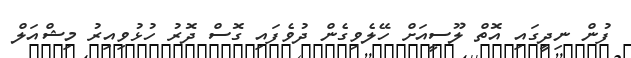
ފުން ނިދީގައި އޮތް ލޫސީއަށް ހޭލެވިގެން ދުވެފައި ގޮސް ދޮރު ހުޅުވިއިރު މިޝްއަލް